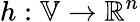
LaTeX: h:\mathbb{V}\to\mathbb{R}^{n}